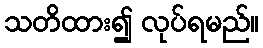
သတိထား၍ လုပ်ရမည်။